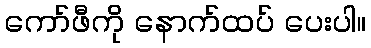
ကော်ဖီကို နောက်ထပ် ပေးပါ။